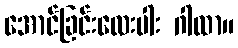
အောင်ခြင်းလေးပါး ဂါထာ။